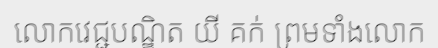
លោកវេជ្ជបណ្ឌិត យី គក់ ព្រមទាំងលោក